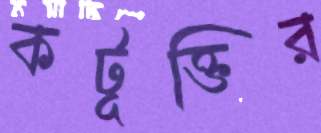
কটূক্তির